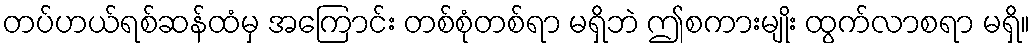
တပ်ဟယ်ရစ်ဆန်ထံမှ အကြောင်း တစ်စုံတစ်ရာ မရှိဘဲ ဤစကားမျိုး ထွက်လာစရာ မရှိ။